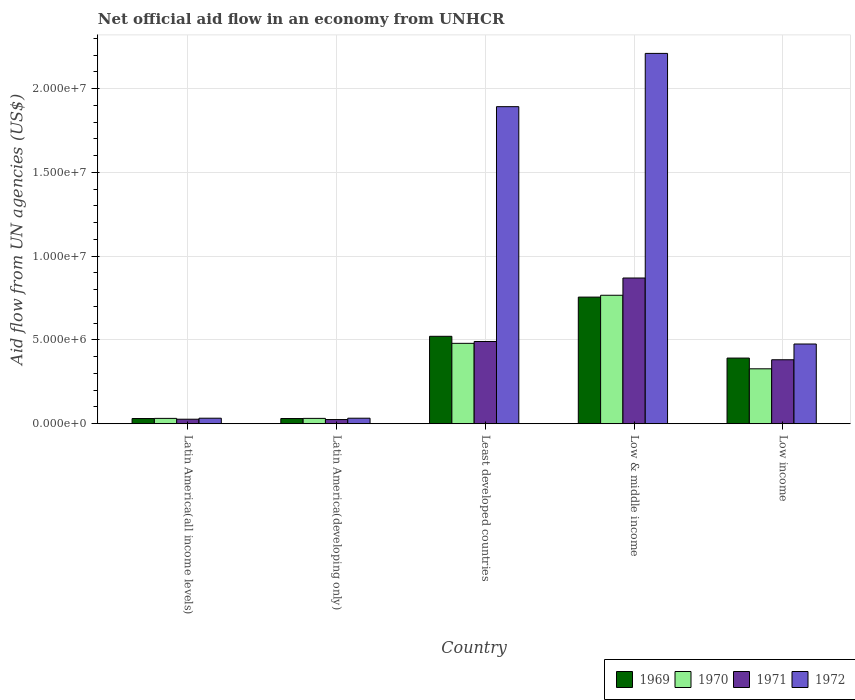
| Country | 1969 | 1970 | 1971 | 1972 |
 | --- | --- | --- | --- | --- |
 | Latin America(all income levels) | 3.1e+05 | 3.2e+05 | 2.7e+05 | 3.3e+05 |
 | Latin America(developing only) | 3.1e+05 | 3.2e+05 | 2.5e+05 | 3.3e+05 |
 | Least developed countries | 5.22e+06 | 4.8e+06 | 4.91e+06 | 1.89e+07 |
 | Low & middle income | 7.56e+06 | 7.67e+06 | 8.7e+06 | 2.21e+07 |
 | Low income | 3.92e+06 | 3.28e+06 | 3.82e+06 | 4.76e+06 |